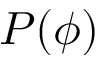
P ( \phi )